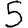
Digit: 5